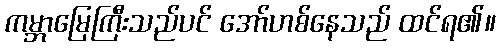
ကမ္ဘာမြေကြီးသည်ပင် အော်ဟစ်နေသည် ထင်ရ၏။